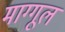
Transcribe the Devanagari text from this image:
माग्गूल